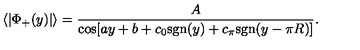
\langle | \Phi _ { + } ( y ) | \rangle = { \frac { A } { \cos [ a y + b + c _ { 0 } \mathrm { s g n } ( y ) + c _ { \pi } \mathrm { s g n } ( y - \pi R ) ] } } .